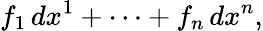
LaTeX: f_{1}\, dx^{1}+\cdots+f_{n}\, dx^{n},